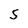
Character: 5